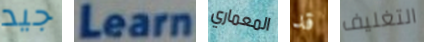
جيد Learn المعماري قد التغليف